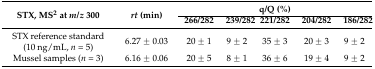
| <ROWSPAN=2> STX, MS2 at m/z 300 | <ROWSPAN=2> rt (min) | <COLSPAN=5> q/Q (%) |
 | 266/282 | 239/282 | 221/282 | 204/282 | 186/282 |
 | --- | --- | --- | --- | --- | --- | --- |
 | STX reference standard (10 ng/mL, n = 5) | 6.27 ± 0.03 | 20 ± 1 | 9 ± 2 | 35 ± 3 | 20 ± 3 | 9 ± 2 |
 | Mussel samples (n = 3) | 6.16 ± 0.06 | 20 ± 5 | 8 ± 1 | 36 ± 6 | 19 ± 4 | 9 ± 2 |